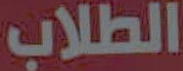
الطلاب